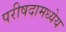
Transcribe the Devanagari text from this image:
परीषदामध्येय